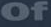
of